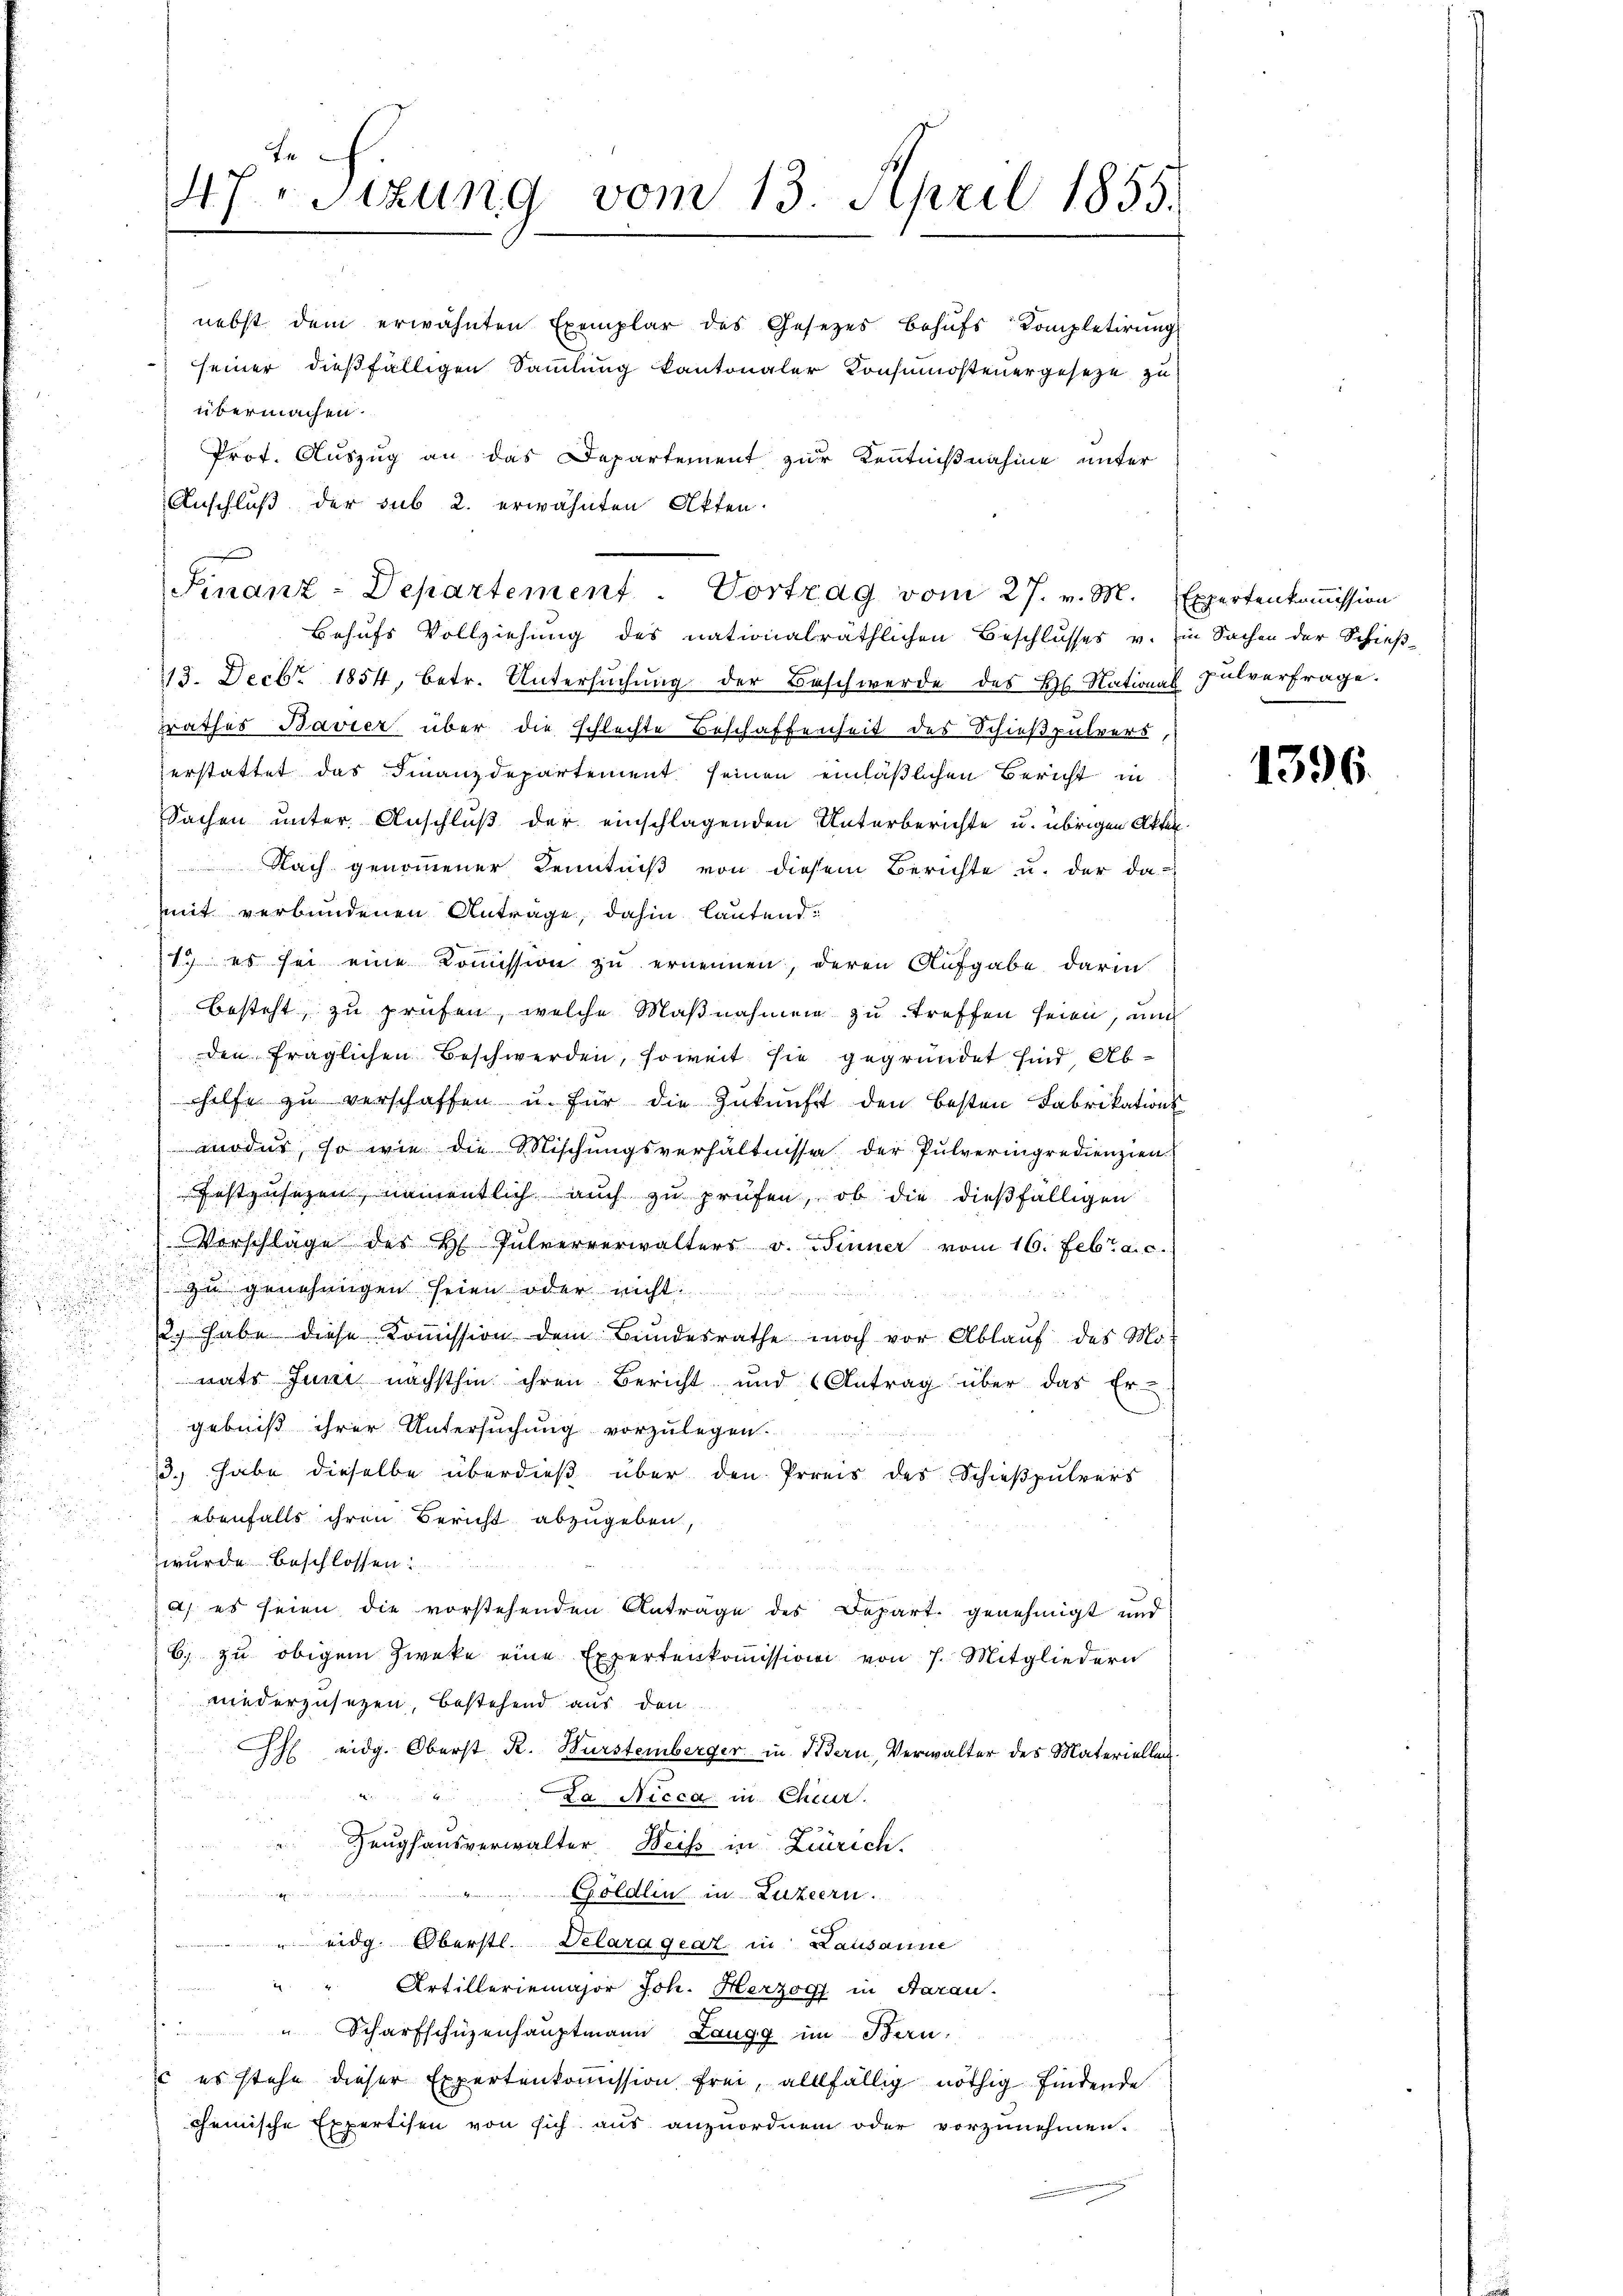
47. Sizung vom 13. April 1855.

nebst dem erwähnten Exemplar des Gesetzes behŭfs Kompletirŭng
seiner dießfälligen Sammlung kantonaler Konsumosteuergeseze zu
übermachen.
Prot. Auszug an das Departement zur Kenntnißnahme unter
Anschluß der sub 2. erwähnten Akten.

113. Decbr. 1854, betr. Untersuchung der Beschwerde des Hs. National pulverfrage.
Frasses Bavier über die schlechte Beschaffenheit des Schießpulvers,
erstattet das Finanzdepartement seinen einläßlichen Bericht in
Sachen unter Anschluß der einschlagenden Unterberichte u. übrigen Akten
Nach genommener Kenntniß von diesem Berichte u. der da
mit verbundenen Antrage, dahin lautend:
1. es sei eine Kommission zu ernennen, deren Aufgabe darin
 besteht zu prüfen, welche Maßnahmen zu treffen seien, und
den fraglichen Beschwerden, soweit sie gegründet sind, Abhilfe zŭ verschaffen u. für die Zŭkŭnft den besten Fabrikations
moder, so wie die Mischungsverhältnisse der Pulveringredienzien
Festzusezen, namentlich auch zu prüfen, ob die dießfälligen
Vorschläge des H. Pulververwalters v. Sinner vom 16. Febr. a. c.
zu genehmigen seien oder nicht
u habe diese Kommission dem Bundesrathe noch vor Ablauf des Mo-
nats Juni nächsthin ihren Bericht und Antrag über das Er-
gebniß ihrer Untersuchung vorzulegen.
3.) habe dieselbe überdieß über den Preis des Schießpulvers
ebenfalls ihren Bericht abzugeben,
wurde beschlossen:
) es seien die vorstehenden Anträge des Depart genehmigt und
6. zu obigem Zwecke eine Expertenkoṁission von 7. Mitgliedern
niederzusetzen, bestehend aus den
H eidg. Oberst R. Bursteinberger in Bern, Verwalter des Materiellen

La Nicca in Cheur.
f 2 x
Zeughausverwalter Weiss in Zürich.
i Luzern
eidg. Oberstl. Velarageat in Lausanne
" " Artilleriemajor Joh. Herzog in Aarau
" Scharfschüzenhauptmann Laugg im Bern,
u es stehe dieser Expertenkoṁission frei, allfällig nöthig findende
cheinische Expertisen von sich aus anzuordnen oder vorzunehmen.

Finanz-Departement. Vortrag vom 27. v. M. Expertenkommission
Behufs Vollziehung des nationalräthlichen Beschlusses v. Ein Sachen der Schieß-

1396.